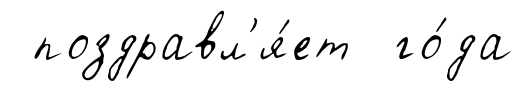
поздравл'я́ет го́да